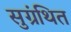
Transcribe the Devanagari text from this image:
सुग्रंथित